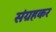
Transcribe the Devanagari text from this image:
संग्रहकर